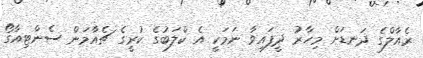
ރެއާލްގެ ދަނޑަށް މިހާރު ދީފައިވާ ނަމަކީ އެ ކްލަބުގެ ކުރީގެ ޗެއާމަން ސެންޓިއާގޯ